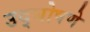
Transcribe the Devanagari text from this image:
उद्घोषणे